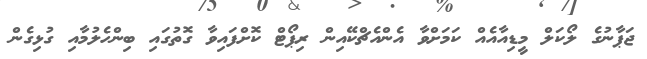
ޖަޕާނުގެ ލޯކަލް މީޑިއާއެއް ކަމަށްވާ އެންއެޗްކޭއިން ރިޕޯޓް ކޮށްފައިވާ ގޮތުގައި ބިންހެލުމާއި ގުޅިގެން